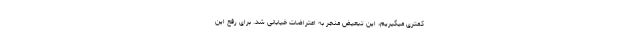
کمتری میگیریم، این تبعیض منجر به اعتراضات خیابانی شد. برای رفع این